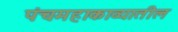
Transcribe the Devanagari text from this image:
पंचमहाकाव्यातील